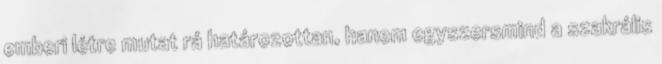
emberi létre mutat rá határozottan, hanem egyszersmind a szakrális